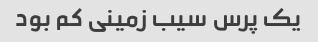
یک پرس سیب زمینی کم بود